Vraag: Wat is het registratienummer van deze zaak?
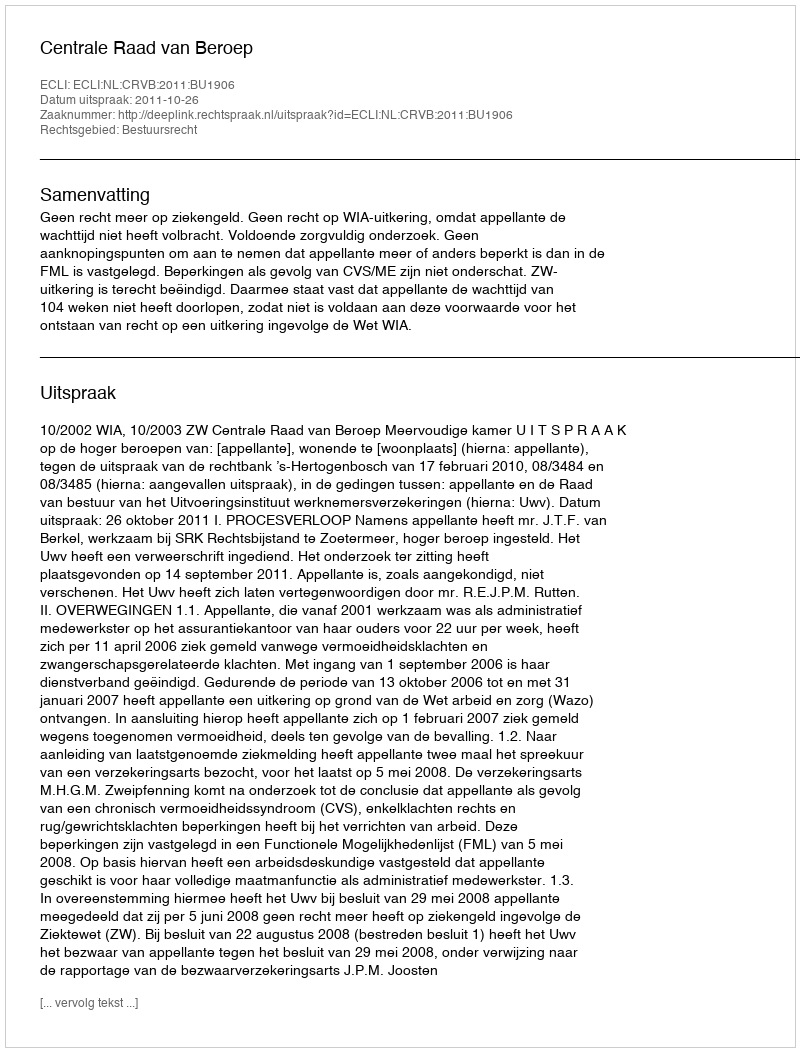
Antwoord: http://deeplink.rechtspraak.nl/uitspraak?id=ECLI:NL:CRVB:2011:BU1906